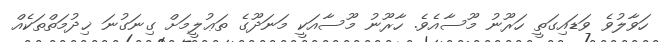
ހަވާލުވެ ވަޑައިގަތީ ހަރޫނު މޫސާއެވެ. ހާރޫނު މޫސާއަކީ މަނަދޫގެ ތަޢުލީމަށް ގިނަގުނަ ޚިދުމަތްތަކެއް